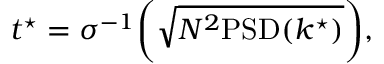
t ^ { \star } = \sigma ^ { - 1 } \bigg ( \sqrt { N ^ { 2 } \mathrm { P S D } ( k ^ { \star } ) } \bigg ) ,